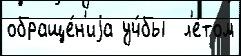
обраще́н'иjа уч́бы  л'е́том